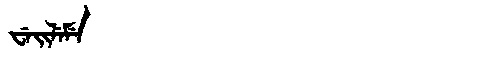
Manchu: ᠸᡝᡳᠯᡝᠮᡝ
Romanization: WEILEME